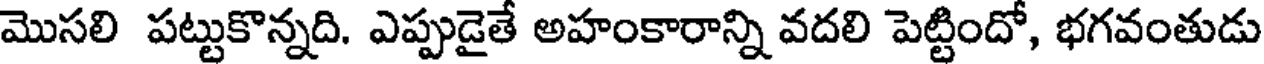
మొసలి పట్టుకొన్నది. ఎప్పుడైతే అహంకారాన్ని వదలి పెట్టిందో, భగవంతుడు